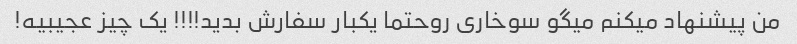
من پیشنهاد میکنم میگو سوخاری رو‌حتما یکبار سفارش بدید!!!! یک چیز عجیبیه!